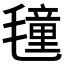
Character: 𭯤